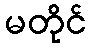
မတိုင်